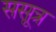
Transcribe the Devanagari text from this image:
ससूत्र